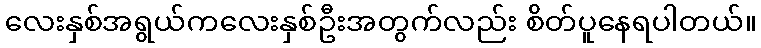
လေးနှစ်အရွယ်ကလေးနှစ်ဦးအတွက်လည်း စိတ်ပူနေရပါတယ်။